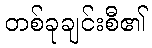
တစ်ခုချင်းစီ၏